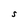
Character: S